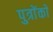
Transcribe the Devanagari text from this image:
पुत्राेंकाे